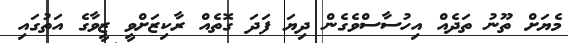
މެޔަށް ތޫނު ތަދެއް އިހުސާސްވެގެން ދިޔަ ފަދަ ގޮތެއް ރާކިޒަށްވީ ޒީވާގެ އަތުގައި